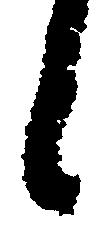
上